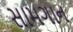
સામગાન